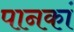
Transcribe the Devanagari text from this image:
पानकां